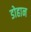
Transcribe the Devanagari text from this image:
डोहान